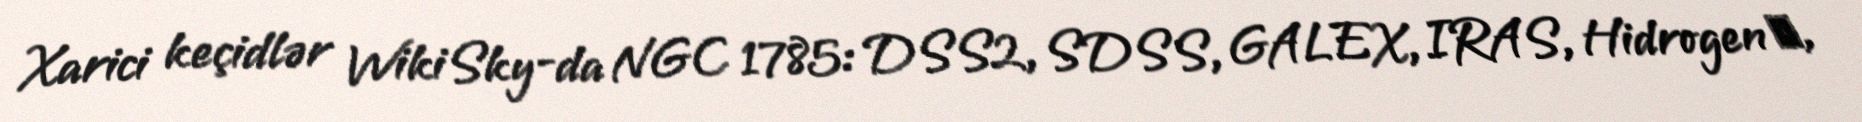
Xarici keçidlər WikiSky-da NGC 1785: DSS2, SDSS, GALEX, IRAS, Hidrogen α,